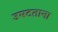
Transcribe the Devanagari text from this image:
उमटताना